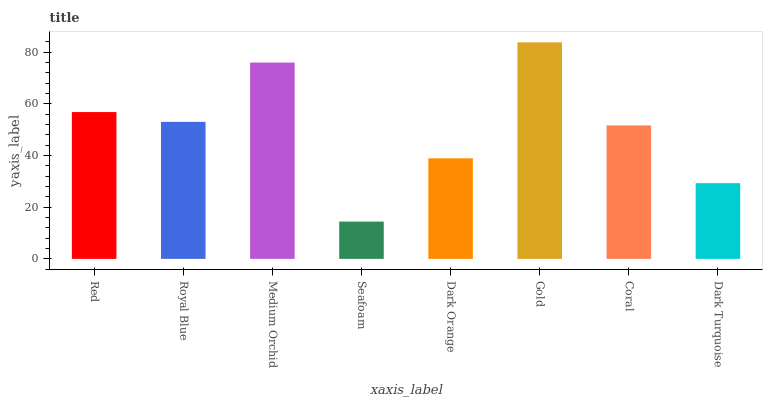
| xaxis_label | bars |
 | --- | --- |
 | Red | 56.8 |
 | Royal Blue | 53 |
 | Medium Orchid | 76 |
 | Seafoam | 14.4 |
 | Dark Orange | 38.9 |
 | Gold | 83.8 |
 | Coral | 51.6 |
 | Dark Turquoise | 29.3 |